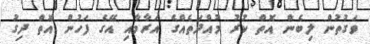
ވަގުތުން ލިބެން އޮތް ކުރު މުއްދަތެއްގެ އަރާމާއި އޭގެ ފަހުން އޮތް ދިގު